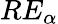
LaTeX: RE_{\alpha}